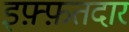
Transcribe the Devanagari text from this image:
इफ़्फ़तदार